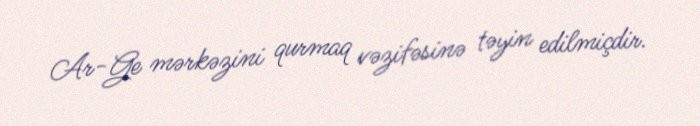
Ar-Ge mərkəzini qurmaq vəzifəsinə təyin edilmiçdir.